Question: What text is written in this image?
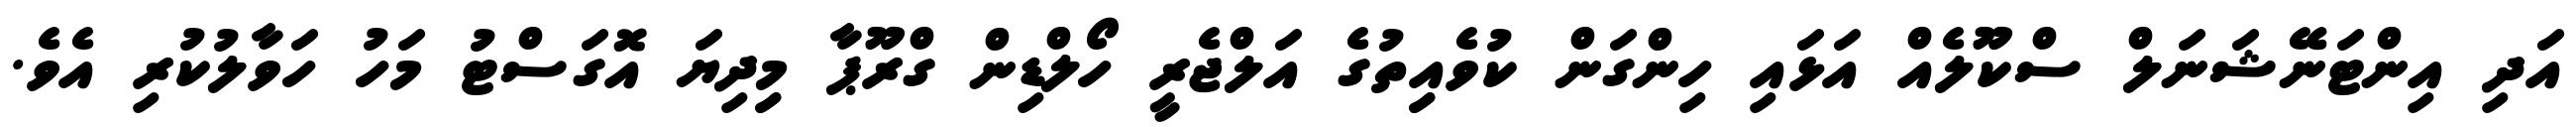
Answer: އަދި އިންޓަނޭޝަނަލް ސްކޫލެއް އަޅައި ހިންގަން ކުވެއިިތުގެ އަލްޖެރީ ހޯލްޑިން ގްރޫޕާ މިިދިޔަ އޮގަސްޓު މަހު ހަވާލުކުރި އެވެ.